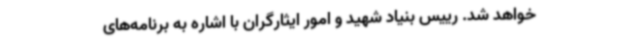
خواهد شد. رییس بنیاد شهید و امور ایثارگران با اشاره به برنامه‌های